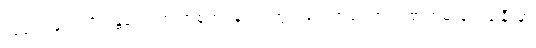
သူဝေငှခဲ့သလို မန္တလေးက အစုအငန်းရပ်ကွက်တွေအကြောင်း စာတမ်းရေးခါနီးမှာ